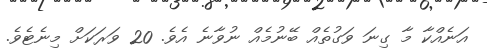
އަނެއްކާ މާ ގިނަ ވަގުތެއް ބޭނުމެއް ނުވާނެ އެވެ. 20 ވަރަކަށް މިނެޓެވެ.